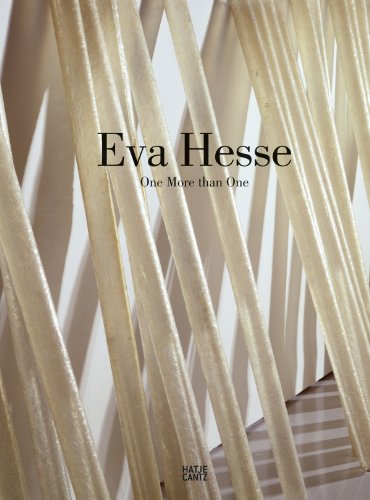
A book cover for Eva Hesse: One More than One (German and English Edition); Arts & Photography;